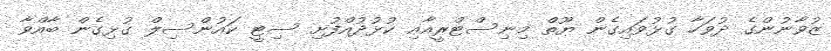
ޒުވާނުންގެ ދުވަހާ ގުޅުވައިގެން ޔޫތް މިނިސްޓްރީއާއި ކުޅުދުއްފުށި ސިޓީ ކައުންސިލް ގުޅިގެން ބާއްވާ